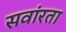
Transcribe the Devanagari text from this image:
सवांरता